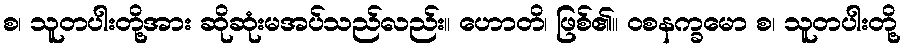
စ၊ သူတပါးတို့အား ဆိုဆုံးမအပ်သည်လည်း။ ဟောတိ၊ ဖြစ်၏။ ဝစနက္ခမော စ၊ သူတပါးတို့